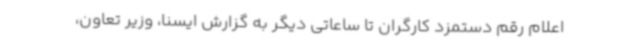
اعلام رقم دستمزد کارگران تا ساعاتی دیگر به گزارش ایسنا، وزیر تعاون،